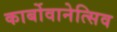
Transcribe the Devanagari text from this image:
कार्बोवानेत्सिव